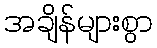
အချိန်များစွာ